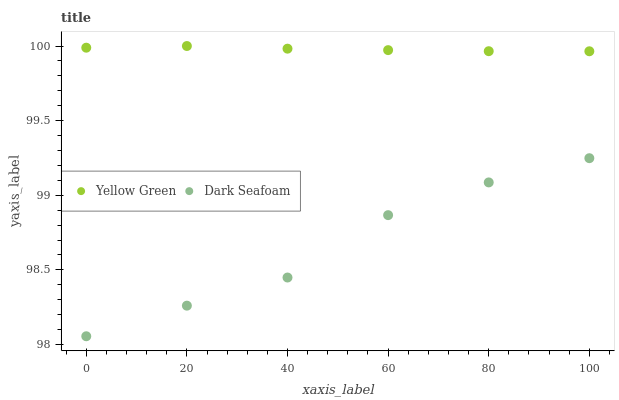
| xaxis_label | Yellow Green | Dark Seafoam |
 | --- | --- | --- |
 | 0 | 100 | 98.1 |
 | 20 | 100 | 98.3 |
 | 40 | 100 | 98.4 |
 | 60 | 100 | 98.9 |
 | 80 | 100 | 99.1 |
 | 100 | 100 | 99.2 |